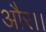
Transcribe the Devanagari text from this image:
और।।